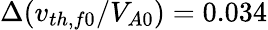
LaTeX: \Delta(v_{th,f0}/V_{A0})=0.034